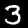
Label: 3